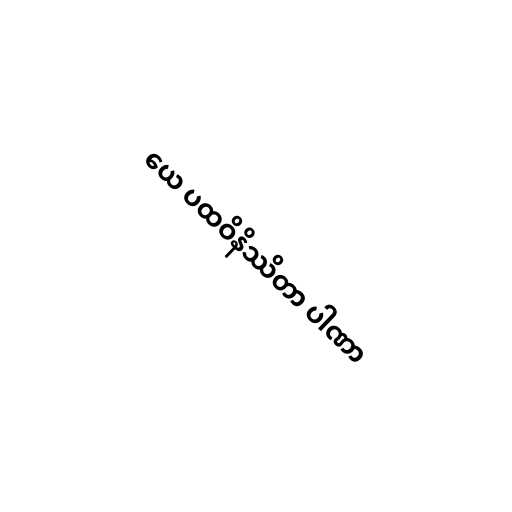
ယေ ပထဝိနိဿိတာ ပါဏာ